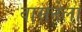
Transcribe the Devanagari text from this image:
वासनेला